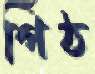
গিঁঠ